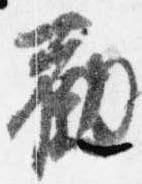
勧